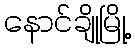
နောင်ချိုမြို့